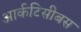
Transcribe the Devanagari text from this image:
आर्कटिसीबस